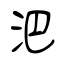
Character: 𣲩